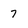
Character: 7